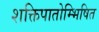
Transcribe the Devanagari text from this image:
शक्तिपातोम्भिषित